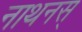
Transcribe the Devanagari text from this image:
नाथनस्